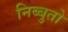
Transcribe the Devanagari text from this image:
निब्बुतो